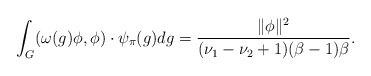
\begin{align*}\int_G(\omega(g)\phi,\phi)\cdot \psi_{\pi}(g)dg=\frac{\|\phi\|^2}{(\nu_1-\nu_2+1)(\beta-1)\beta}.\end{align*}